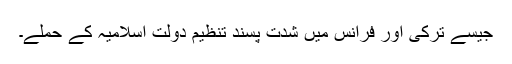
جیسے ترکی اور فرانس میں شدت پسند تنظیم دولتِ اسلامیہ کے حملے۔